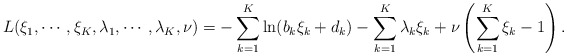
\begin{align*} L(\xi_1, \cdots, \xi_K, \lambda_1, \cdots, \lambda_K, \nu)= -\sum \limits_{k=1}^K \ln (b_k \xi_k + d_k) - \sum \limits_{k=1}^K \lambda_k \xi_k + \nu \left( \sum \limits_{k=1}^K\xi_k - 1 \right).\end{align*}